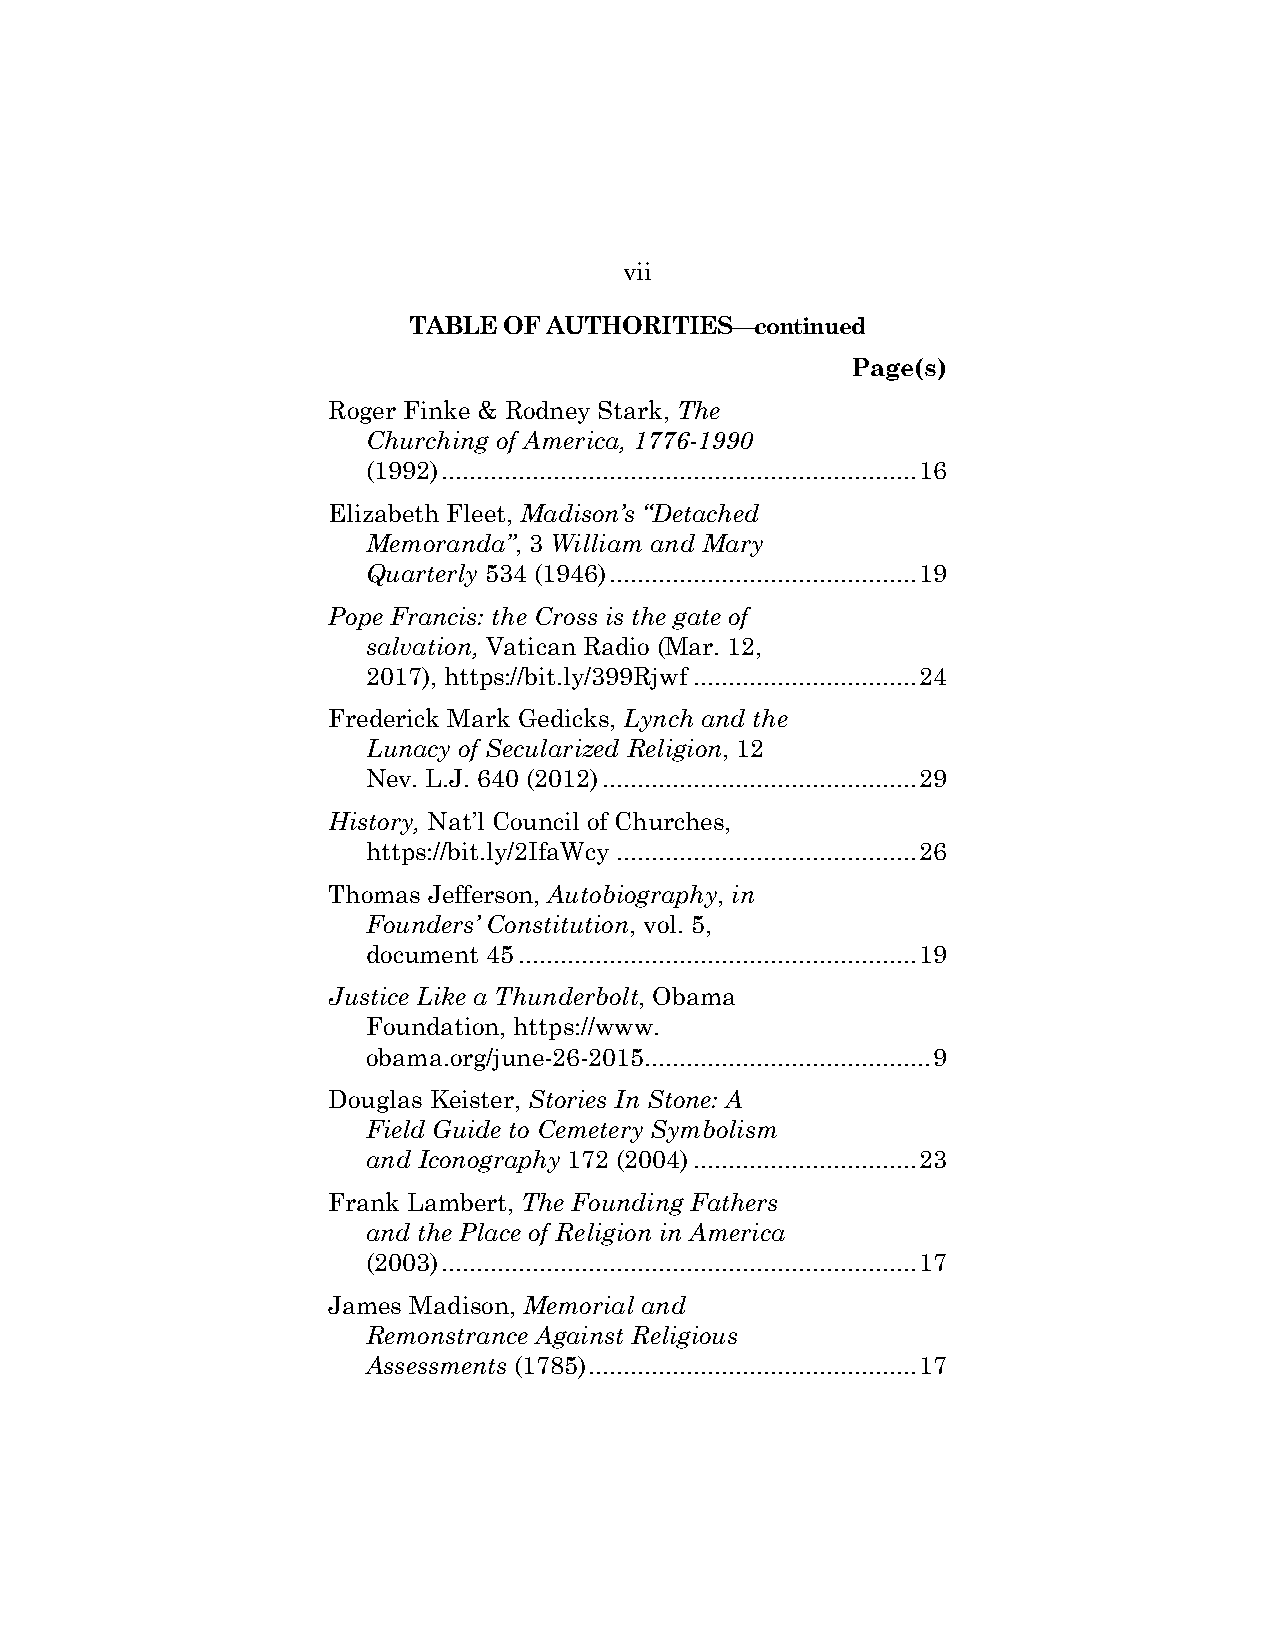
vii
 TABLE OF AUTHORITIES—continued
 Page(s)
 Roger Finke & Rodney Stark, The
 Churching of America, 1776-1990
 (1992) .................................................................... 16
 Elizabeth Fleet, Madison’s “Detached
 Memoranda”, 3 William and Mary
 Quarterly 534 (1946) ............................................ 19
 Pope Francis: the Cross is the gate of
 salvation, Vatican Radio (Mar. 12,
 2017), https://bit.ly/399Rjwf ................................ 24
 Frederick Mark Gedicks, Lynch and the
 Lunacy of Secularized Religion, 12
 Nev. L.J. 640 (2012) ............................................. 29
 History, Nat’l Council of Churches,
 https://bit.ly/2IfaWcy ........................................... 26
 Thomas Jefferson, Autobiography, in
 Founders’ Constitution, vol. 5,
 document 45 ......................................................... 19
 Justice Like a Thunderbolt, Obama
 Foundation, https://www.
 obama.org/june-26-2015 ......................................... 9
 Douglas Keister, Stories In Stone: A
 Field Guide to Cemetery Symbolism
 and Iconography 172 (2004) ................................ 23
 Frank Lambert, The Founding Fathers
 and the Place of Religion in America
 (2003) .................................................................... 17
 James Madison, Memorial and
 Remonstrance Against Religious
 Assessments (1785) ............................................... 17